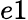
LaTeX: e1